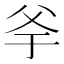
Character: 𤕎